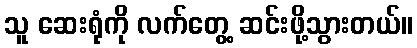
သူ ဆေးရုံကို လက်တွေ့ ဆင်းဖို့သွားတယ်။